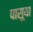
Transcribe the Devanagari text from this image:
पासूया